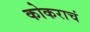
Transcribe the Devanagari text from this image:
कोकराचं